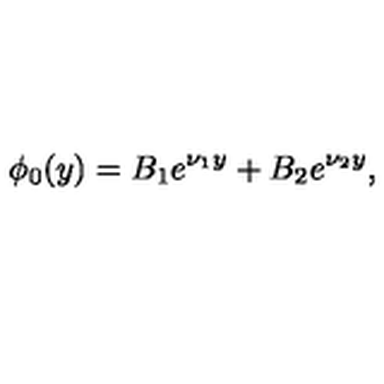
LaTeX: \phi _ { 0 } ( y ) = B _ { 1 } e ^ { \nu _ { 1 } y } + B _ { 2 } e ^ { \nu _ { 2 } y } ,